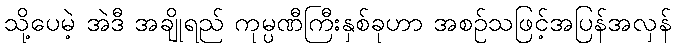
သို့ပေမဲ့ အဲဒီ အချိုရည် ကုမ္ပဏီကြီးနှစ်ခုဟာ အစဉ်သဖြင့်အပြန်အလှန်